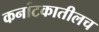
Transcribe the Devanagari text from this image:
कर्नाटकातीलच